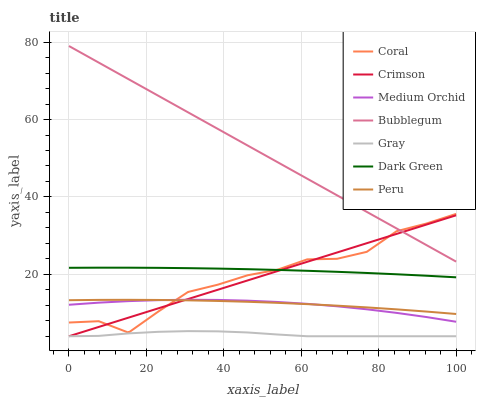
| xaxis_label | Coral | Crimson | Medium Orchid | Bubblegum | Gray | Dark Green | Peru |
 | --- | --- | --- | --- | --- | --- | --- | --- |
 | 0 | 7.55 | 4 | 12.1 | 79 | 4 | 21.7 | 13.3 |
 | 7.69 | 7.89 | 6.4 | 12.7 | 74.7 | 4.09 | 21.7 | 13.4 |
 | 15.4 | 4.94 | 8.81 | 13.1 | 70.4 | 4.74 | 21.7 | 13.4 |
 | 23.1 | 10.4 | 11.2 | 13.3 | 66.1 | 5.15 | 21.7 | 13.4 |
 | 30.8 | 15.4 | 13.6 | 13.4 | 61.9 | 5.32 | 21.6 | 13.3 |
 | 38.5 | 17.3 | 16 | 13.4 | 57.6 | 5.27 | 21.5 | 13.1 |
 | 46.2 | 19.8 | 18.4 | 13.2 | 53.3 | 4.98 | 21.3 | 12.9 |
 | 53.8 | 21.2 | 20.8 | 12.9 | 49 | 4.45 | 21.1 | 12.6 |
 | 61.5 | 23.9 | 23.2 | 12.4 | 44.7 | 4 | 20.9 | 12.3 |
 | 69.2 | 24 | 25.6 | 11.7 | 40.4 | 4 | 20.7 | 11.9 |
 | 76.9 | 25.8 | 28 | 11 | 36.1 | 4 | 20.4 | 11.5 |
 | 84.6 | 31.1 | 30.4 | 10 | 31.9 | 4 | 20 | 10.9 |
 | 92.3 | 33.1 | 32.9 | 8.97 | 27.6 | 4 | 19.6 | 10.4 |
 | 100 | 35.6 | 35.3 | 7.75 | 23.3 | 4 | 19.2 | 9.75 |